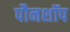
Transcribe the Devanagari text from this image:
पौनशॉप